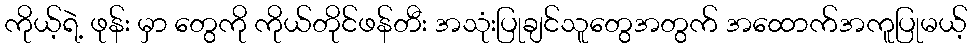
ကိုယ့်ရဲ့ ဖုန်း မှာ တွေကို ကိုယ်တိုင်ဖန်တီး အသုံးပြုချင်သူတွေအတွက် အထောက်အကူပြုမယ့်